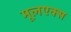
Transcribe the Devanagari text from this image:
मूलएक्स